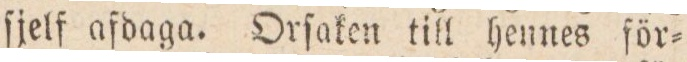
ſjelf afdaga. Orſaken till hennes för=